Reports on dispensaries and lunatic asylums in the Province of Oudh - 1869-1876
Year: 1869
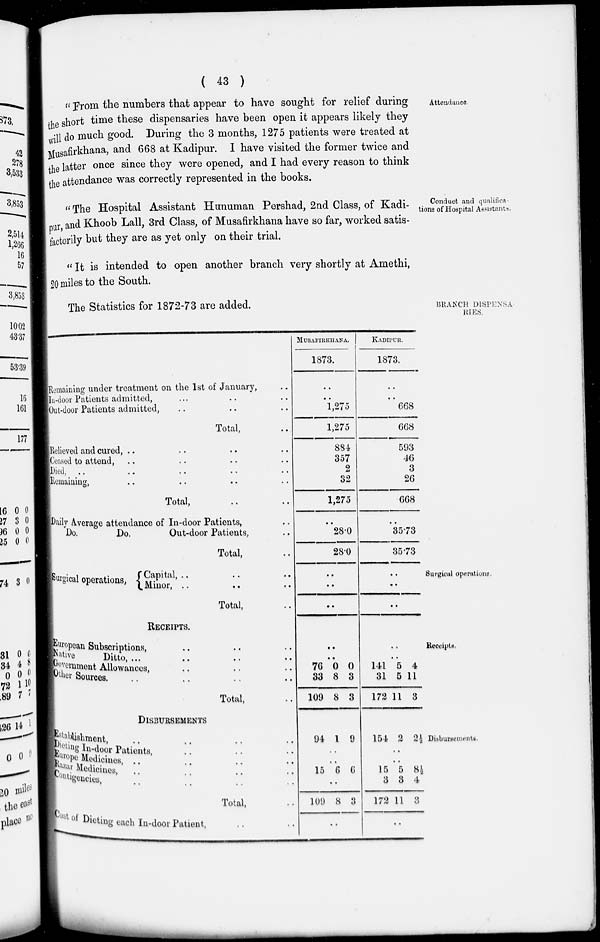
( 43 )
Attendance.
" From the numbers that appear to have sought for relief during
the short time these dispensaries have been open it appears likely they
will do much good. During the 3 months, 1275 patients were treated at
Musafirkhana, and 668 at Kadipur. I have visited the former twice and
the latter once since they were opened, and I had every reason to think
the attendance was correctly represented in the books.
Conduct and qualifica-
tions of Hospital Assistants.
" The Hospital Assistant Hunuman Pershad, 2nd Class, of Kadi-
pur, and Khoob Lall, 3rd Class, of Musafirkhana have so far, worked satis-
factorily but they are as yet only on their trial.
" It is intended to open another branch very shortly at Amethi,
20 miles to the South.
BRANCH DISPENSA-
RIES
The Statistics for 1872-73 are added.
Remaining under treatment on the 1st of January, ..
In-door Patients admitted, .. .. ..
Out-door Patients admitted, .. .. ..
Total, .. ..
Relieved and cured, .. .. .. ..
Ceased to attend, .. .. .. ..
Died, .. .. .. .. ..
Remaining, .. .. .. ..
Total, .. ..
Daily Average attendance of In-door Patients, ..
Do.
Do.
Out-door Patients, ..
Total, ..
MUSAFIRKHANA.
1873.
..
..
1,275
1,275
884
357
2
32
1,275
..
28.0
28.0
KADIPUR.
1873.
..
..
668
668
593
46
3
26
668
..
35.73
35.73
Surgical operations.
Surgical operations,
Capital, .. .. ..
Minor, .. .. ..
Total, ..
..
..
..
..
..
..
Receipts.
RECEIPTS.
European Subscriptions, .. .. ..
Native
Ditto , .. .. .. ..
Government Allowances, .. .. ..
Other Sources. .. .. .. ..
Total, ..
..
..
76
33
109
0
8
8
0
3
3
..
..
141
31
172
5
5
11
4
11
3
Disbursements
DISBURSEMENTS
Establishment .. .. .. ..
Dieting In-door Patients, .. .. ..
Europe Medicines .. .. .. ..
Bazar Medicines, .. .. .. ..
Contigencies, .. .. .. ..
Total, ..
Cost of Dieting each In-door Patient, .. ..
94 1 9
..
..
15 6 6
..
109 8 3
..
154 2 2½
..
..
15
3
172
5
3
11
8½
4
3
..